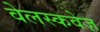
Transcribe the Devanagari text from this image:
वेलस्कवेज़